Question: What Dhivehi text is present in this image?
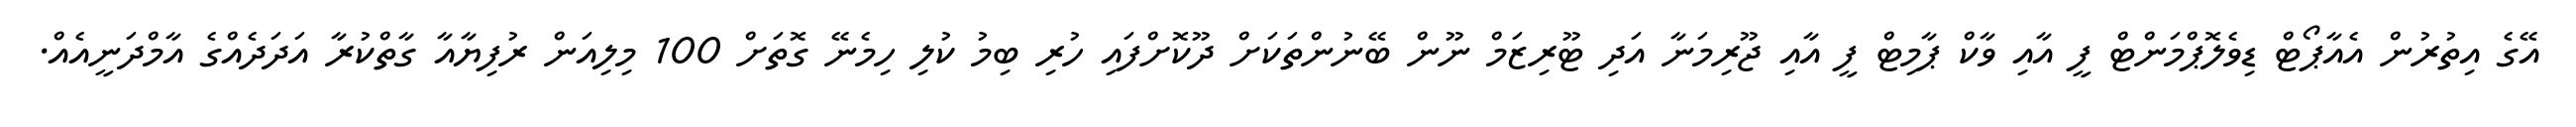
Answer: އޭގެ އިތުރުން އެއާޕޯޓް ޑިވެލޮޕްމަންޓް ފީ އާއި ވާކް ޕާމިޓް ފީ އާއި ޖޫރިމަނާ އަދި ޓޫރިޒަމް ނޫން ބޭނުންތަކަށް ދޫކޮށްފައި ހުރި ބިމު ކުލި ހިމެނޭ ގޮތަށް 100 މިލިއަން ރުފިޔާއާ ގާތްކުރާ އަދަދެއްގެ އާމްދަނީއެއް.